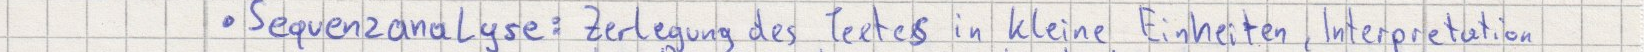
Sequenzanalyse: Zerlegung des Textes in kleine Einheiten, Interpretation